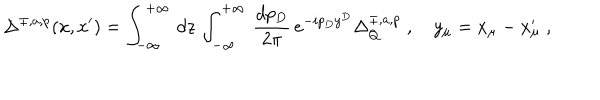
\Delta ^ { \mp , a , p } ( x , x ^ { \prime } ) = \int _ { - \infty } ^ { + \infty } \, d z \, \int _ { - \infty } ^ { + \infty } \, \frac { d p _ { D } } { 2 \pi } \, e ^ { - i p _ { D } y ^ { D } } \Delta _ { Q } ^ { \mp , a , p } \; , \quad y _ { \mu } = x _ { \mu } - x _ { \mu } ^ { \prime } \; ,